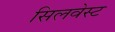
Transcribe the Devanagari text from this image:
सिलवेस्ट